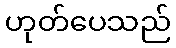
ဟုတ်ပေသည်